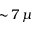
\sim \! 7 \, \mu